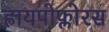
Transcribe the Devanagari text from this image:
हायपोफ्लोरस